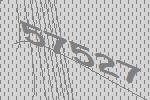
57527